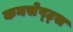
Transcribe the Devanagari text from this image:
कनसेप्ट्स